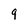
Character: g